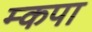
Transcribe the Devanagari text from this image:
म्कपा